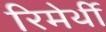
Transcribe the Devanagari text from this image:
रिमेर्थी